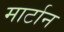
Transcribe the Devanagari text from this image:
मार्टान